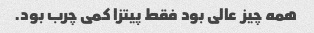
همه چیز عالی بود فقط پیتزا کمی چرب بود.